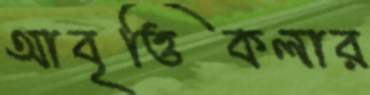
আবৃত্তিকলার